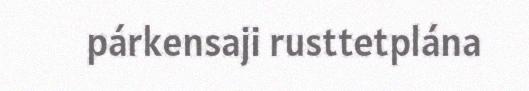
párkensaji rusttetplána